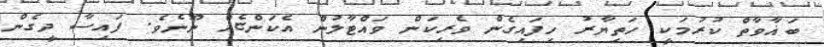
ބަޣާވާތް ކުރުމަކީ ހަތިޔާރު ހިފައިގެން ވެރިކަން ވައްޓާލުން އެކަންޏެއް ނޫނެވެ. ފައިސާ ދީގެން